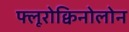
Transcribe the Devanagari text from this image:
फ्लूरोक्विनोलोन